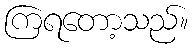
ကြရတော့သည်။